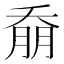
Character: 𭑚